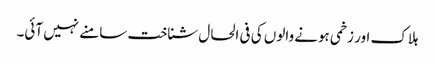
ہلاک اور زخمی ہونے والوں کی فی الحال شناخت سامنے نہیں آئی۔